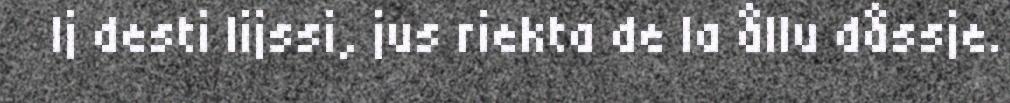
Ij desti lijssi, jus riekta de la ållu dåssje.